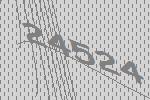
24524